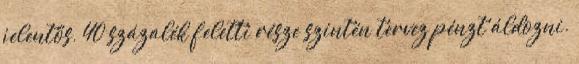
jelentős, 40 százalék feletti része szintén tervez pénzt áldozni.